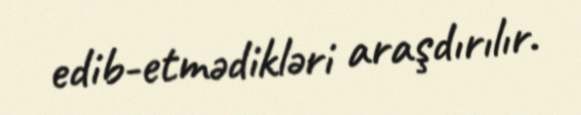
edib-etmədikləri araşdırılır.